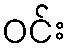
ဝင်း